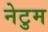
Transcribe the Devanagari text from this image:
नेटुम